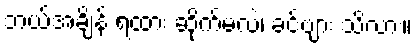
ဘယ်အချိန် ရထား ဆိုက်မလဲ၊ ခင်ဗျား သိလား။